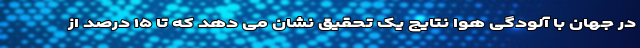
در جهان با آلودگی هوا نتایج یک تحقیق نشان می دهد که تا ۱۵ درصد از